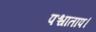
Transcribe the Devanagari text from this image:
पश्चाताप।